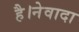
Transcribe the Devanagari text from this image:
है।नेवादा